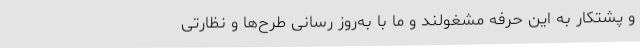
و پشتکار به این حرفه مشغولند و ما با به‌روز رسانی طرح‌ها و نظارتی